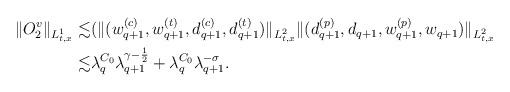
LaTeX: \begin{align*}\begin{aligned}\|O^v_2\|_{L^1_{t,x}}\lesssim &(\|(w ^{(c)}_{q+1}, w^{(t)}_{q+1}, d^{(c)}_{q+1}, d^{(t)}_{q+1})\|_{L^2_{t,x}}\|(d ^{(p)}_{q+1}, d_{q+1}, w^{(p)}_{q+1}, w_{q+1})\|_{L^2_{t,x}}\\\lesssim &\lambda^{C_0}_q\lambda^{\gamma-\frac{1}{2}}_{q+1}+\lambda^{C_0}_q\lambda^{-\sigma}_{q+1}.\end{aligned}\end{align*}